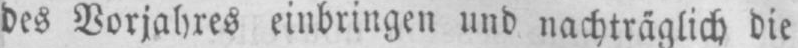
des Vorjahres einbringen und nachträglich die